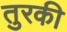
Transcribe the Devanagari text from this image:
तुरकी